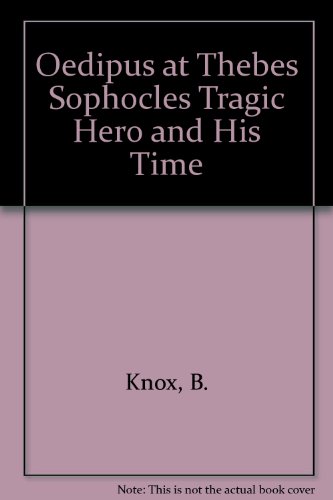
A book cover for Oedipus at Thebes Sophocles Tragic Hero and His Time; B. Knox; Literature & Fiction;